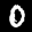
Label: 0